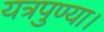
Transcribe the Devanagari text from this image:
यत्रपुण्या।